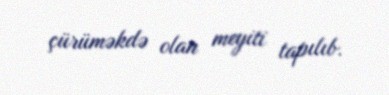
çürüməkdə olan meyiti tapılıb.